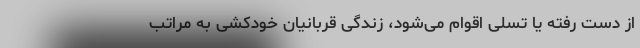
از دست رفته یا تسلی اقوام می‌شود، زندگی قربانیان خودکشی به مراتب